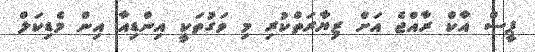
ޕީސް އާކް ރާއްޖެ އަށް ޒިޔާރަތްކުރި މި ވަގުތަކީ އިންޑިއާ އިން މެޑިކަލް